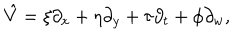
\hat { V } = \xi \partial _ { x } + \eta \partial _ { y } + \tau \partial _ { t } + \phi \partial _ { w } ,